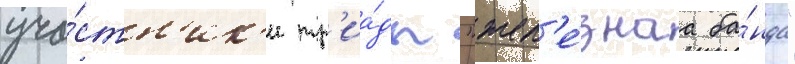
уча́стн'ик'и тр'иа́ды "жел'е́знаа ба́нда"